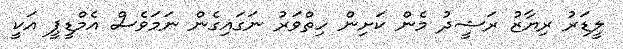
ލީޑަރު ރިޔާޒު ރަޝީދު މެން ކަށިން ހިތްވަރު ނަގައިގެން ނަމަވެސް އެމްޑީޕީ އަކީ